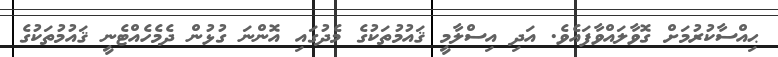
ޙިއްސާކުރުމަށް ގޮވާލައްވާފައެވެ. އަދި އިސްލާމީ ޤައުމުތަކުގެ މެދުގައި އޮންނަ ގުޅުން ދެމެހެއްޓެނީ ޤައުމުތަކުގެ